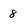
Character: 8